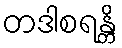
တဒါစရန္တိ